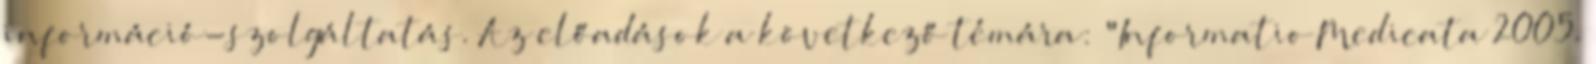
információ-szolgáltatás. Az előadások a következő témára: "Informatio Medicata 2005.